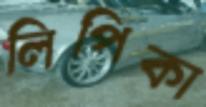
লিপিকা